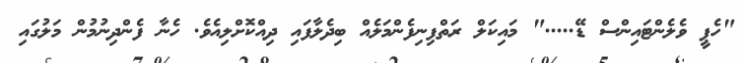
"ހެޕީ ވެލެންޓައިންސް ޑޭ....." މައިކަލް ރަތްފިނިފެންމަލެއް ބިދެލާފައި ދިއްކޮށްލިއެވެ. ހެނާ ފެންދިނުމުން މަލުގައި